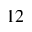
1 2